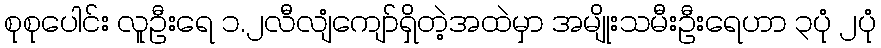
စုစုပေါင်း လူဦးရေ ၁.၂လီလျံကျော်ရှိတဲ့အထဲမှာ အမျိုးသမီးဦးရေဟာ ၃ပုံ ၂ပုံ